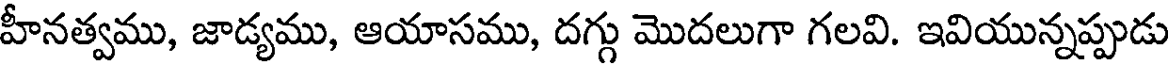
హీనత్వము, జాడ్యము, ఆయాసము, దగ్గు మొదలుగా గలవి. ఇవియున్నప్పుడు